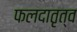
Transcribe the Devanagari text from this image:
फलदातृत्व